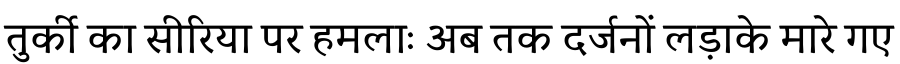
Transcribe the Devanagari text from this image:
तुर्की का सीरिया पर हमलाः अब तक दर्जनों लड़ाके मारे गए